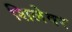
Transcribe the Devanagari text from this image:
शिलेवर